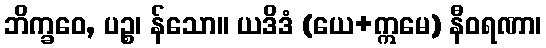
ဘိက္ခဝေ, ပဉ္စ၊ န်သော။ ယဒိဒံ (ယေ+ဣမေ) နီဝရဏာ၊